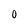
Character: o